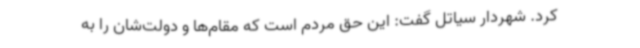
کرد. شهردار سیاتل گفت: این حق مردم است که مقام‌ها و دولت‌شان را به